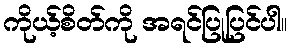
ကိုယ့်စိတ်ကို အရင်ပြုပြင်ပါ။